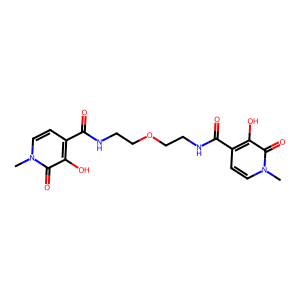
SMILES: Cn1ccc(C(=O)NCCOCCNC(=O)c2ccn(C)c(=O)c2O)c(O)c1=O
Inhibits HIV replication: No